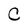
Character: C